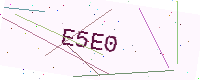
Text: E5E0